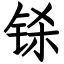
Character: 铩